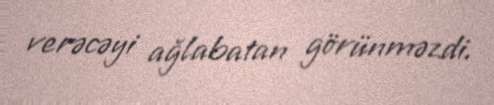
verəcəyi ağlabatan görünməzdi.